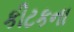
કીટકના